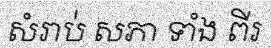
សំរាប់ សភា ទាំង ពីរ